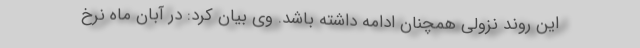
این روند نزولی همچنان ادامه داشته باشد. وی بیان کرد: در آبان ماه نرخ